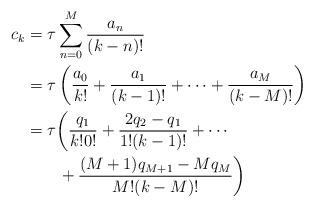
LaTeX: \begin{align*}c_k &= \tau\sum_{n=0}^{M} \frac{a_{n}}{(k-n)!} \\&= \tau \left(\frac{a_0}{k!} + \frac{a_1}{(k-1)!} + \cdots + \frac{a_M}{(k-M)!} \right) \\&= \tau \bigg(\frac{q_1}{k!0!} + \frac{2q_2-q_1}{1!(k-1)!} + \cdots \\&\qquad+ \frac{(M+1)q_{M+1}-Mq_M}{M!(k-M)!} \bigg)\end{align*}